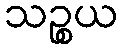
သဉ္စယ